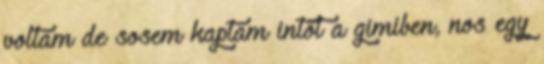
voltam de sosem kaptam intőt a gimiben, nos egy